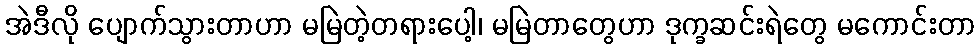
အဲဒီလို ပျောက်သွားတာဟာ မမြဲတဲ့တရားပေါ့၊ မမြဲတာတွေဟာ ဒုက္ခဆင်းရဲတွေ မကောင်းတာ